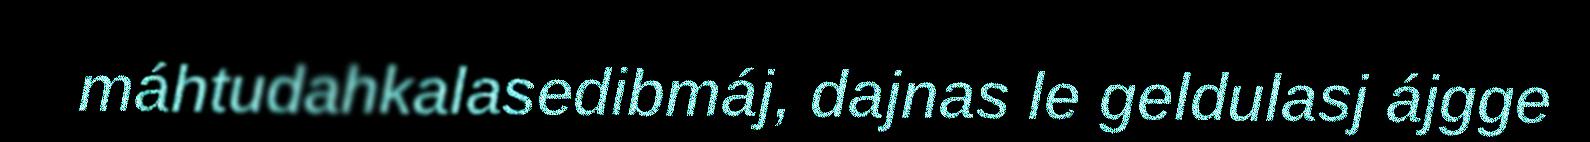
máhtudahkalasedibmáj, dajnas le geldulasj ájgge